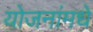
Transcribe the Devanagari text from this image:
योजनांमधे